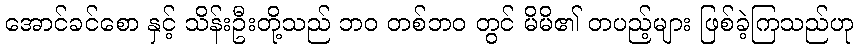
အောင်ခင်စော နှင့် သိန်းဦးတို့သည် ဘဝ တစ်ဘဝ တွင် မိမိ၏ တပည့်များ ဖြစ်ခဲ့ကြသည်ဟု